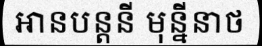
អានបន្តនី មុន្នីនាថ